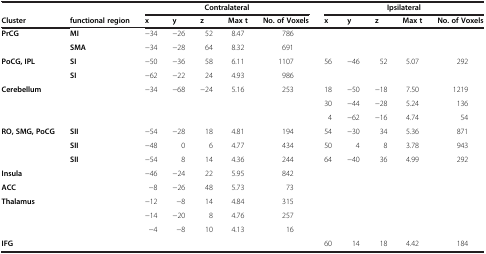
| <ROWSPAN=2> Cluster | <ROWSPAN=2> functional region | <COLSPAN=5> Contralateral | <COLSPAN=5> Ipsilateral |
 | x | y | z | Max t | No. of Voxels | x | y | z | Max t | No. of Voxels |
 | --- | --- | --- | --- | --- | --- | --- | --- | --- | --- | --- | --- |
 | <ROWSPAN=2> PrCG | MI | −34 | −26 | 52 | 8.47 | 786 |  |  |  |  |  |
 | SMA | −34 | −28 | 64 | 8.32 | 691 |  |  |  |  |  |
 | <ROWSPAN=2> PoCG, IPL | SI | −50 | −36 | 58 | 6.11 | 1107 | 56 | −46 | 52 | 5.07 | 292 |
 | SI | −62 | −22 | 24 | 4.93 | 986 |  |  |  |  |  |
 | <ROWSPAN=3> Cerebellum |  | −34 | −68 | −24 | 5.16 | 253 | 18 | −50 | −18 | 7.50 | 1219 |
 |  |  |  |  |  |  | 30 | −44 | −28 | 5.24 | 136 |
 |  |  |  |  |  |  | 4 | −62 | −16 | 4.74 | 54 |
 | <ROWSPAN=3> RO, SMG, PoCG | SII | −54 | −28 | 18 | 4.81 | 194 | 54 | −30 | 34 | 5.36 | 871 |
 | SII | −48 | 0 | 6 | 4.77 | 434 | 50 | 4 | 8 | 3.78 | 943 |
 | SII | −54 | 8 | 14 | 4.36 | 244 | 64 | −40 | 36 | 4.99 | 292 |
 | Insula |  | −46 | −24 | 22 | 5.95 | 842 |  |  |  |  |  |
 | ACC |  | −8 | −26 | 48 | 5.73 | 73 |  |  |  |  |  |
 | <ROWSPAN=3> Thalamus |  | −12 | −8 | 14 | 4.84 | 315 |  |  |  |  |  |
 |  | −14 | −20 | 8 | 4.76 | 257 |  |  |  |  |  |
 |  | −4 | −8 | 10 | 4.13 | 16 |  |  |  |  |  |
 | IFG |  |  |  |  |  |  | 60 | 14 | 18 | 4.42 | 184 |